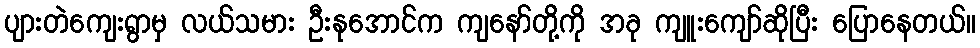
ပျားတဲကျေးရွာမှ လယ်သမား ဦးနုအောင်က ကျနော်တို့ကို အခု ကျူးကျော်ဆိုပြီး ပြောနေတယ်။